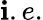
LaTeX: \mathbf{i}.e.